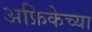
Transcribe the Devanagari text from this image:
अफ्रिकेच्या